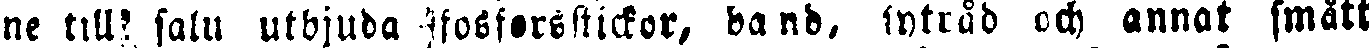
ne till salu utbjuda fosforsstickor, band, intråd och annat smått